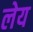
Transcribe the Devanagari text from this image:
लेय